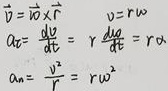
\(\vec{v}=\vec{\omega}\times\vec{r}\)，\(v = r\omega\)，\(a_T=\frac{dv}{dt}=r\frac{d\omega}{dt}=r\alpha\)，\(a_N=\frac{v^2}{r}=r\omega^2\)